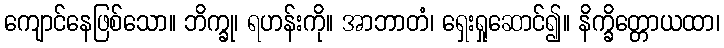
ကျောင်နေဖြစ်သော။ ဘိက္ခု၊ ရဟန်းကို။ အာဘာတံ၊ ရှေးရှုဆောင်၍။ နိက္ခိတ္တောယထာ၊